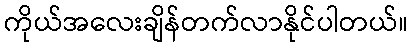
ကိုယ်အလေးချိန်တက်လာနိုင်ပါတယ်။